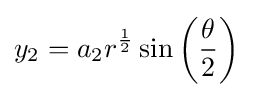
y_{2}=a_{2}r^{\frac {1}{2}}\sin \left({\frac {\theta }{2}}\right)